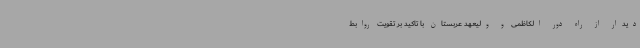
دیدار از راه دور الکاظمی و ولیعهد عربستان با تاکید بر تقویت روابط